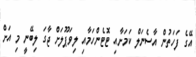
އޭގެ ފަހަތުން އާސެނަލް ކަމަށާއި ޓޮޓެންހަމާއި ލިވަޕޫލަށް ޖާގަ ލިބޭނީ މި އަށް